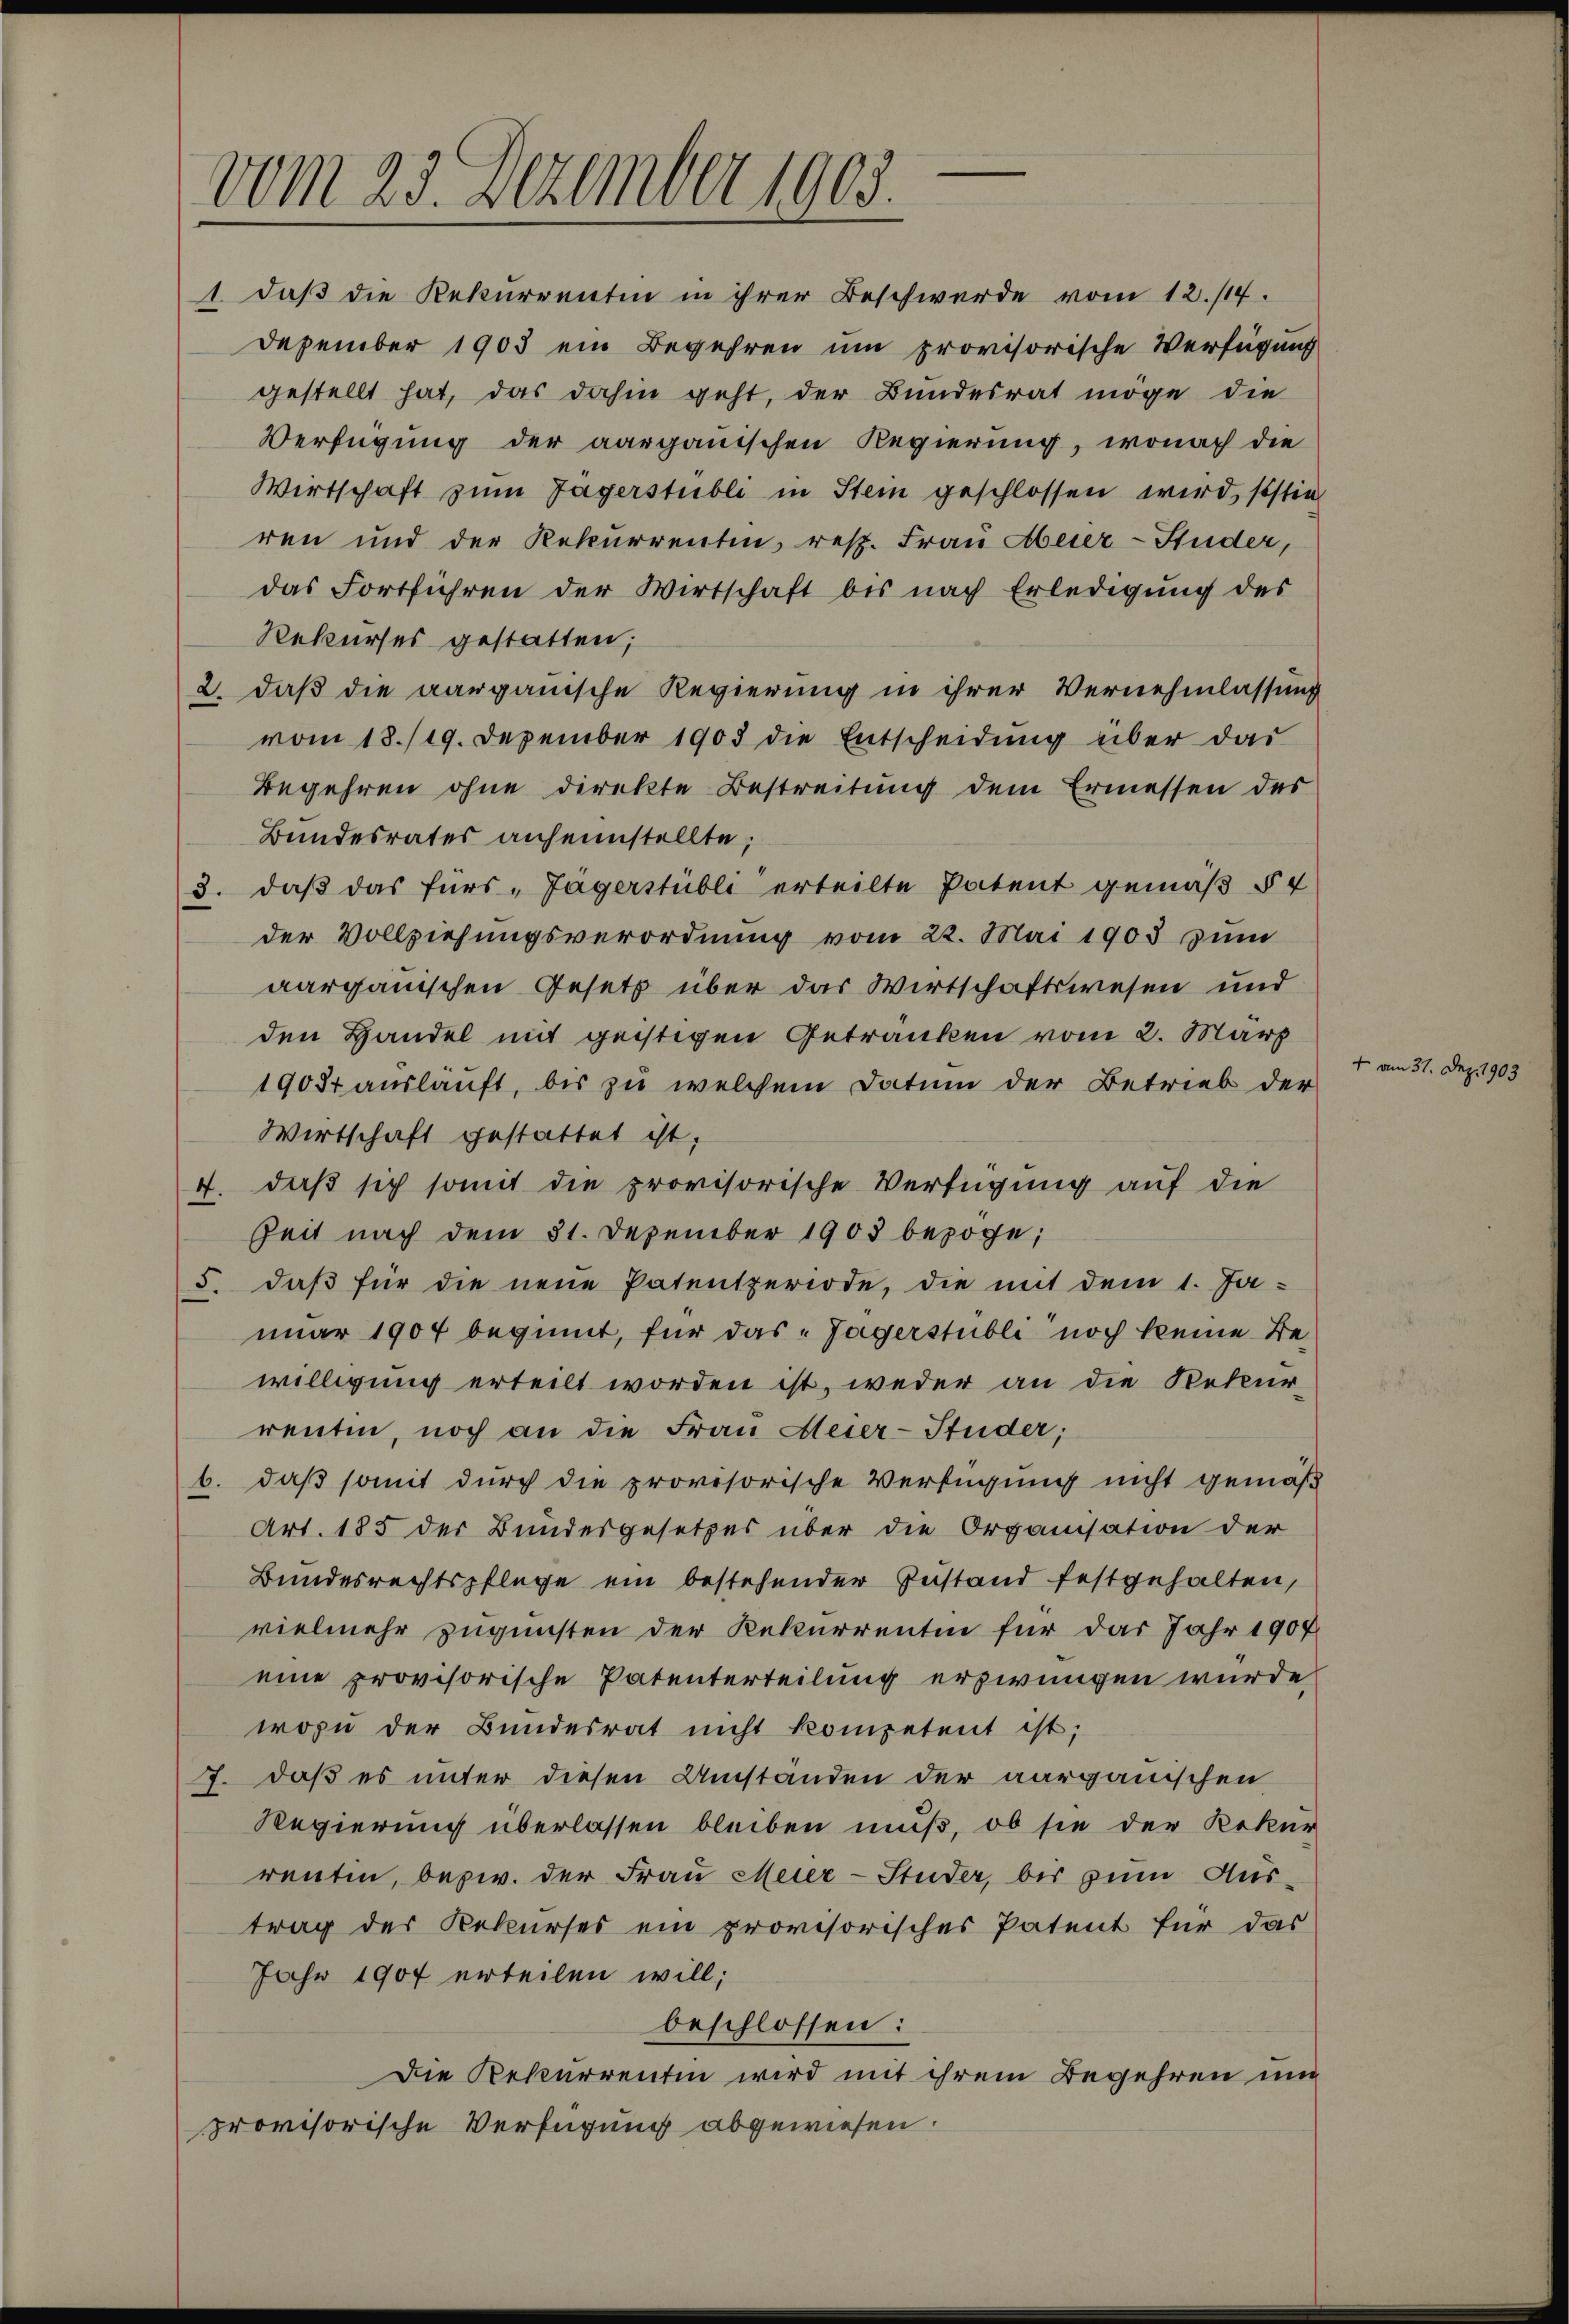
vom 23. Dezember 1905.

1. daß die Rekurrentin in ihrer Beschwerde vom 12./14.
Dezember 1903 ein Begehren um provisorische Verfügung
gestellt hat, das dahin geht, der Bundesrat möge die
Verfügung der aargauischen Regierung, wonach die
Wirtschaft zum Jägerstubli in Stein geschlossen wird, sostie
ren und der Rekurrentin, resp. Frau Aberer-Studer,
das Fortführen der Wirtschaft bis nach Erledigŭng des
Rekurses gestatten;
2. daß die aargauische Regierung in ihrer Vernehmlassung
vom 18./19. Dezember 1903 die Entscheidung über das
Begehren ohne direkte Bestreitung dem Ermessen des
Bundesrates anheimstellte;
3. daβ das fürs „Jägerstübli erteilte Patent gemäß § 4
der Vollziehungsverordnung vom 22. Mai 1903 zum
aargauischen Gesetz über das Wirtschaftswesen und
den Handel mit geistigen Getränken vom 2. März
1905 ausläuft, bis zu welchem Datum der Betrieb der
Wirtschaft gestattet ist,
4. daß sich somit die provisorische Verfügung auf die
Zeit nach dem 31. Dezember 1903 bezoge;
5. daβ für die neue Patentperiode, die mit dem 1. Ja-
nuar 1907 beginnt, für das „Jägerstubli noch keine Bewilligung erteilt worden ist, weder an die Rekurrentin, noch an die Frau Meier-Studer;
b. daß somit durch die provisorische Verfügung nicht gemäs-
Art. 185 der Bundesgesetzes über die Organisation der
Bundesrechtspflege ein bestehender Zustand festgehalten,
vielmehr zugunsten der Rekurrentin für das Jahr 1907
eine provisorische Patenterteilung erzwungen wurde
wozu der Bundesrat nicht kompetent ist;
J. daß es unter diesen Umständen der aargauischen
Regierung überlassen bleiben muß, ob sie der Rekur
rentin, bezw. der Frau Meier-Studer, bis zum Aus-
trag des Rekurses ein provisorisches Patent für das
Jahr 1907 erteilen will;
beschlossen:
Die Rekurrentin wird mit ihrem Begehren und
provisorische Verfügung abgewiesen.

t am 31. Dez. 1903